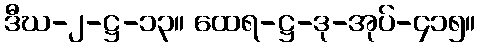
ဒီဃ-၂-ဋ္ဌ-၁၃။ ထေရ-ဋ္ဌ-ဒု-အုပ်-၄၁၅။